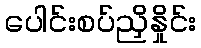
ပေါင်းစပ်ညှိနှိုင်း